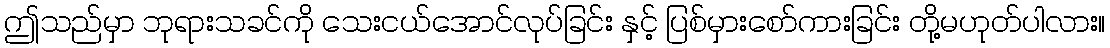
ဤသည်မှာ ဘုရားသခင်ကို သေးငယ်အောင်လုပ်ခြင်း နှင့် ပြစ်မှားစော်ကားခြင်း တို့မဟုတ်ပါလား။